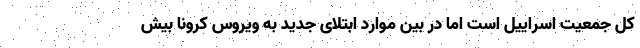
کل جمعیت اسراییل است اما در بین موارد ابتلای جدید به ویروس کرونا بیش